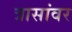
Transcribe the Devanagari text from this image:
त्रासांवर